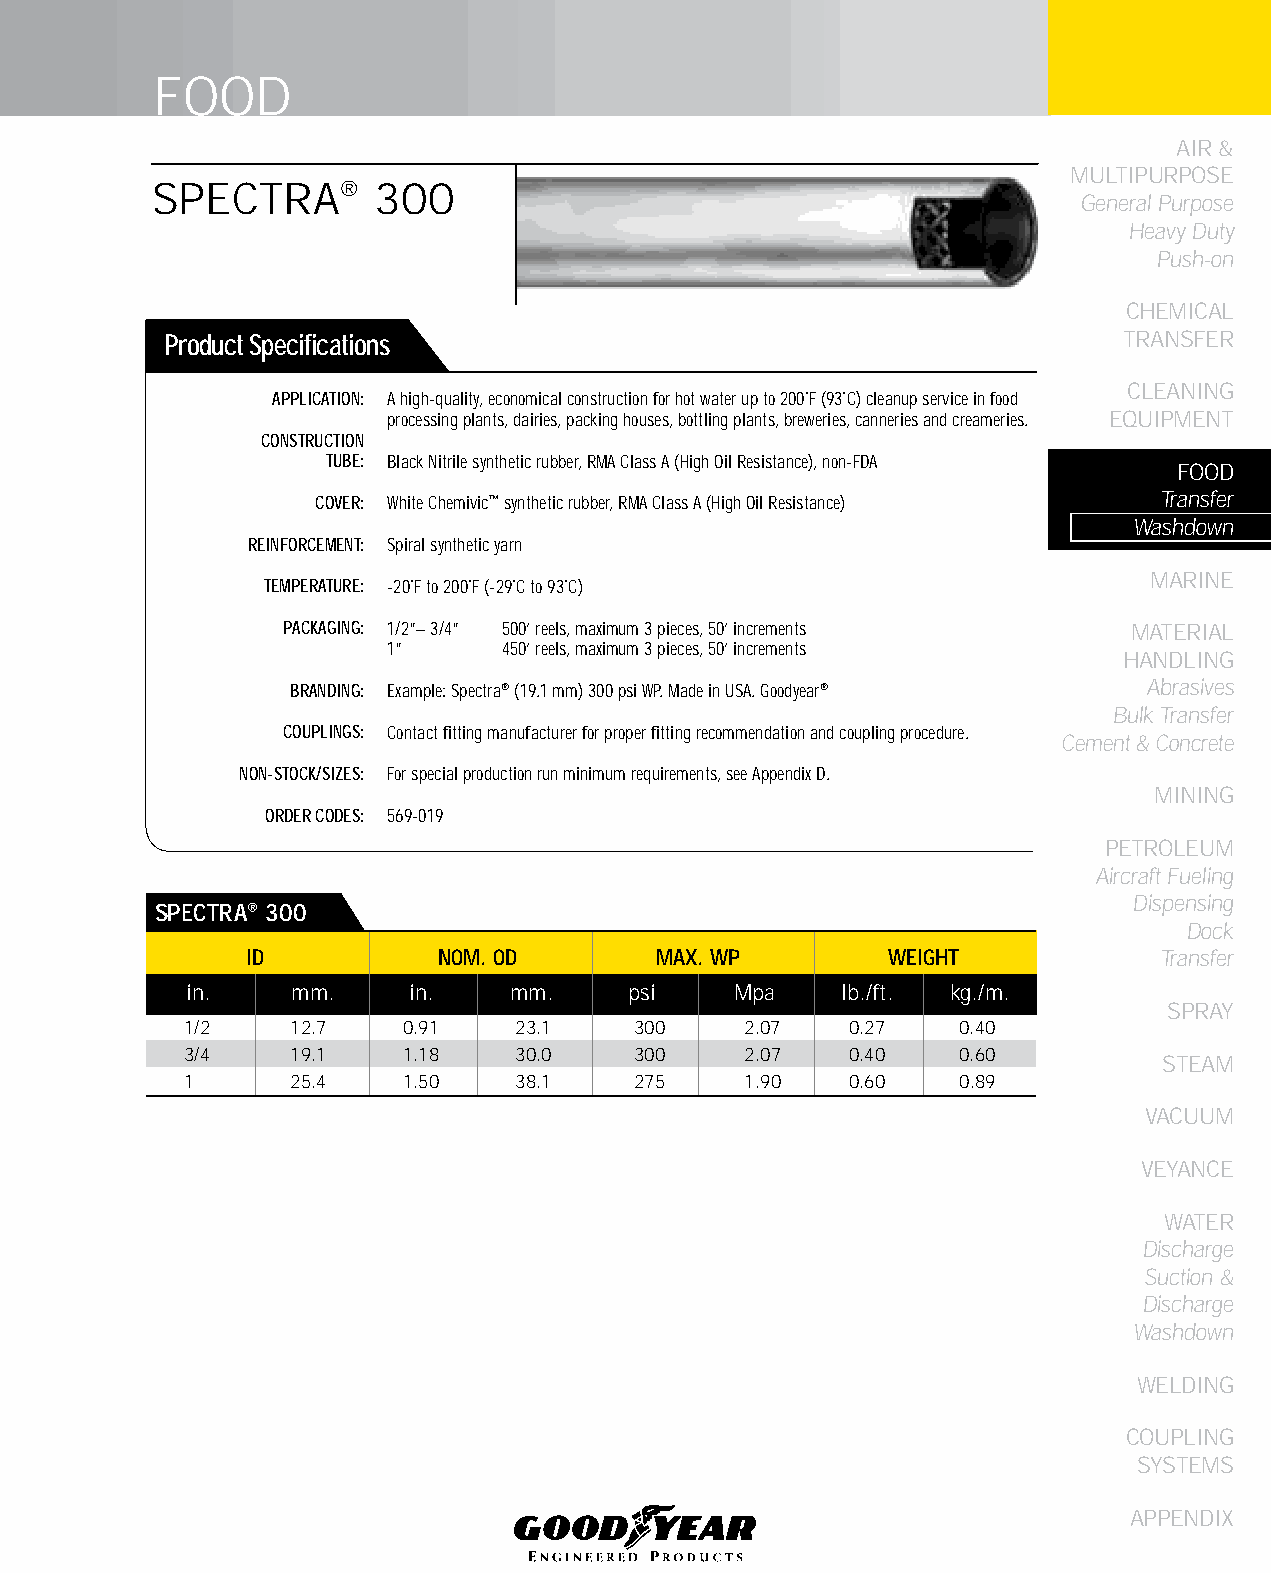
FOOD
 AIR &
 MULTIPURPOSE
 SPECTRA®       300
 General Purpose
 Heavy Duty
 Push-on
 CHEMICAL
 Product Specifications                                         TRANSFER
 CLEANING
 APPLICATION: A high-quality, economical construction for hot water up to 200˚F (93˚C) cleanup service in food
 processing plants, dairies, packing houses, bottling plants, breweries, canneries and creameries. EqUIPMENT
 CONSTRUCTION
 TUBE: Black Nitrile synthetic rubber, RMA Class A (High Oil Resistance), non-FDA
 FOOD
 COVER: White Chemivic™ synthetic rubber, RMA Class A (High Oil Resistance) Transfer
 Washdown
 REINFORCEMENT: Spiral synthetic yarn
 MARINE
 TEMPERATURE: -20˚F to 200˚F (-29˚C to 93˚C)
 PACKAGING: 1/2”– 3/4” 500’ reels, maximum 3 pieces, 50’ increments MATERIAL
 1”     450’ reels, maximum 3 pieces, 50’ increments
 HANDLING
 BRANDING: Example: Spectra® (19.1 mm) 300 psi WP. Made in USA. Goodyear® Abrasives
 Bulk Transfer
 COUPLINGS: Contact fitting manufacturer for proper fitting recommendation and coupling procedure.
 Cement & Concrete
 NON-STOCK/SIZES: For special production run minimum requirements, see Appendix D.
 MINING
 ORDER CODES: 569-019
 PETROLEUM
 Aircraft Fueling
 Dispensing
 SPECTRA® 300
 Dock
 ID           NOM. OD        MAX. WP        WEIGHT            Transfer
 in.    mm.     in.    mm.     psi    Mpa    lb./ft. kg./m.
 SPRAY
 1/2    12.7    0.91   23.1    300    2.07   0.27    0.40
 3/4    19.1    1.18   30.0    300    2.07   0.40    0.60
 STEAM
 1      25.4    1.50   38.1    275    1.90   0.60    0.89
 VACUUM
 VEYANCE
 WATER
 Discharge
 Suction &
 Discharge
 Washdown
 WELDING
 COUPLING
 SYSTEMS
 APPENDIX
 87